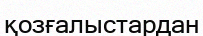
қозғалыстардан